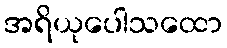
အရိယုပေါသထော